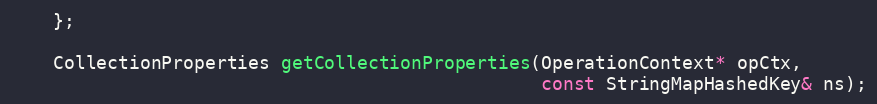
Language: C
    };

    CollectionProperties getCollectionProperties(OperationContext* opCtx,
                                                 const StringMapHashedKey& ns);